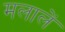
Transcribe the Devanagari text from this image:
मलालें